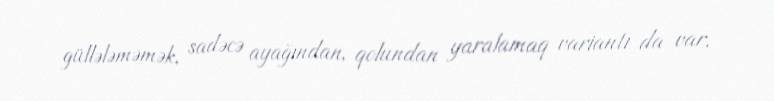
güllələməmək, sadəcə ayağından, qolundan yaralamaq variantı da var.